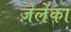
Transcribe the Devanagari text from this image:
ज़ेलेंका